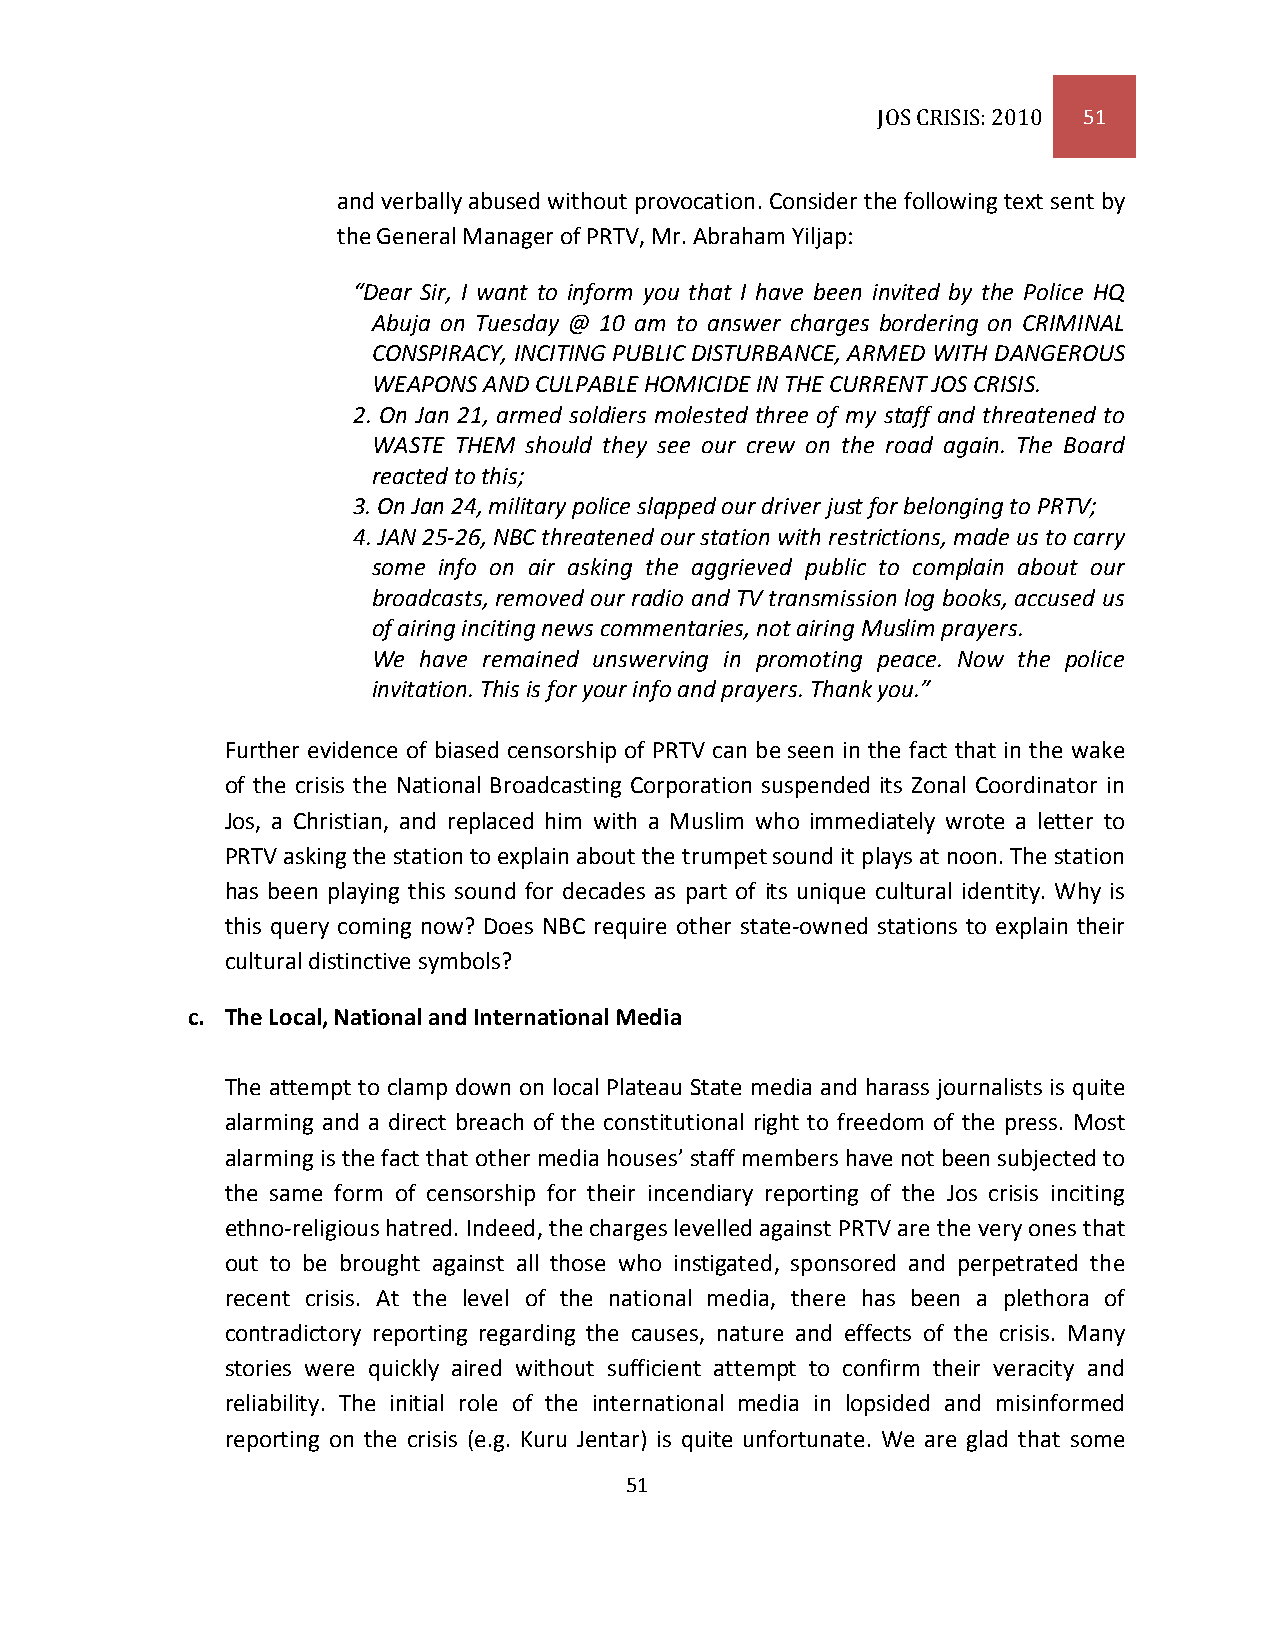
JOS CRISIS: 2010 51
 and verbally abused without provocation. Consider the following text sent by
 the General Manager of PRTV, Mr. Abraham Yiljap:
 “Dear Sir, I want to inform you that I have been invited by the Police HQ
 Abuja on Tuesday @ 10 am to answer charges bordering on CRIMINAL
 CONSPIRACY, INCITING PUBLIC DISTURBANCE, ARMED WITH DANGEROUS
 WEAPONS AND CULPABLE HOMICIDE IN THE CURRENT JOS CRISIS.
 2. On Jan 21, armed soldiers molested three of my staff and threatened to
 WASTE THEM should they see our crew on the road again. The Board
 reacted to this;
 3. On Jan 24, military police slapped our driver just for belonging to PRTV;
 4. JAN 25-26, NBC threatened our station with restrictions, made us to carry
 some info on air asking the aggrieved public to complain about our
 broadcasts, removed our radio and TV transmission log books, accused us
 of airing inciting news commentaries, not airing Muslim prayers.
 We have remained unswerving in promoting peace. Now the police
 invitation. This is for your info and prayers. Thank you.”
 Further evidence of biased censorship of PRTV can be seen in the fact that in the wake
 of the crisis the National Broadcasting Corporation suspended its Zonal Coordinator in
 Jos, a Christian, and replaced him with a Muslim who immediately wrote a letter to
 PRTV asking the station to explain about the trumpet sound it plays at noon. The station
 has been playing this sound for decades as part of its unique cultural identity. Why is
 this query coming now? Does NBC require other state-owned stations to explain their
 cultural distinctive symbols?
 c. The Local, National and International Media
 The attempt to clamp down on local Plateau State media and harass journalists is quite
 alarming and a direct breach of the constitutional right to freedom of the press. Most
 alarming is the fact that other media houses’ staff members have not been subjected to
 the same form of censorship for their incendiary reporting of the Jos crisis inciting
 ethno-religious hatred. Indeed, the charges levelled against PRTV are the very ones that
 out to be brought against all those who instigated, sponsored and perpetrated the
 recent crisis. At the level of the national media, there has been a plethora of
 contradictory reporting regarding the causes, nature and effects of the crisis. Many
 stories were quickly aired without sufficient attempt to confirm their veracity and
 reliability. The initial role of the international media in lopsided and misinformed
 reporting on the crisis (e.g. Kuru Jentar) is quite unfortunate. We are glad that some
 51